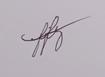
Signature authenticity: genuine